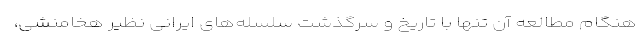
هنگام مطالعه آن تنها با تاریخ و سرگذشت سلسله‌های ایرانی نظیر هخامنشی،